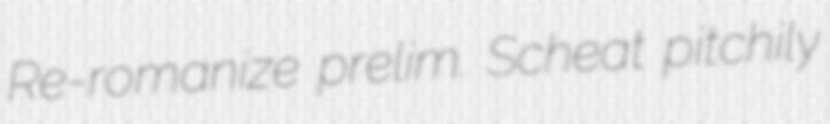
Re-romanize prelim. Scheat pitchily